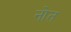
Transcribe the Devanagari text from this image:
नोत